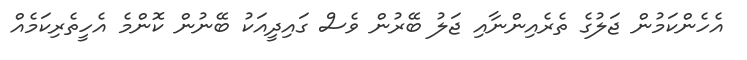
އެހެންކަމުން ޖަލުގެ ތެރެއިންނާއި ޖަލު ބޭރުން ވެސް ގައިދީއަކު ބޭނުން ކޮންމެ އެހީތެރިކަމެއް